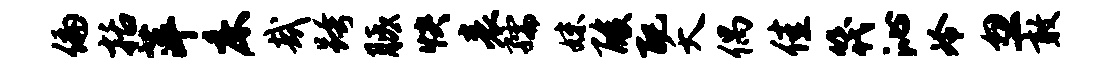
偏括萍床哉跨胝快表孺妹酸配夭偶佳筏沁冷忽敢